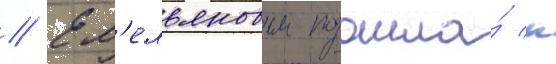
// Ем'ельяновым подошла́ к